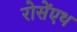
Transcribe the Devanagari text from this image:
रोसेंएथ